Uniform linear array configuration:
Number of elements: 32
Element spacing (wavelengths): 0.75
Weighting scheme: hann
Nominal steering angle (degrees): -30
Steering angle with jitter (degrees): -29.525
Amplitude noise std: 0.05
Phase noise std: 0.05

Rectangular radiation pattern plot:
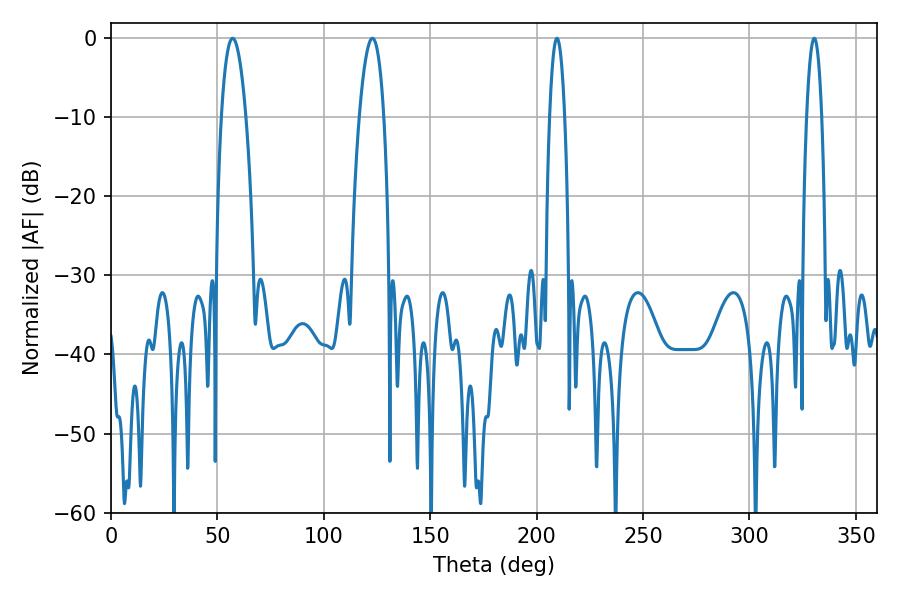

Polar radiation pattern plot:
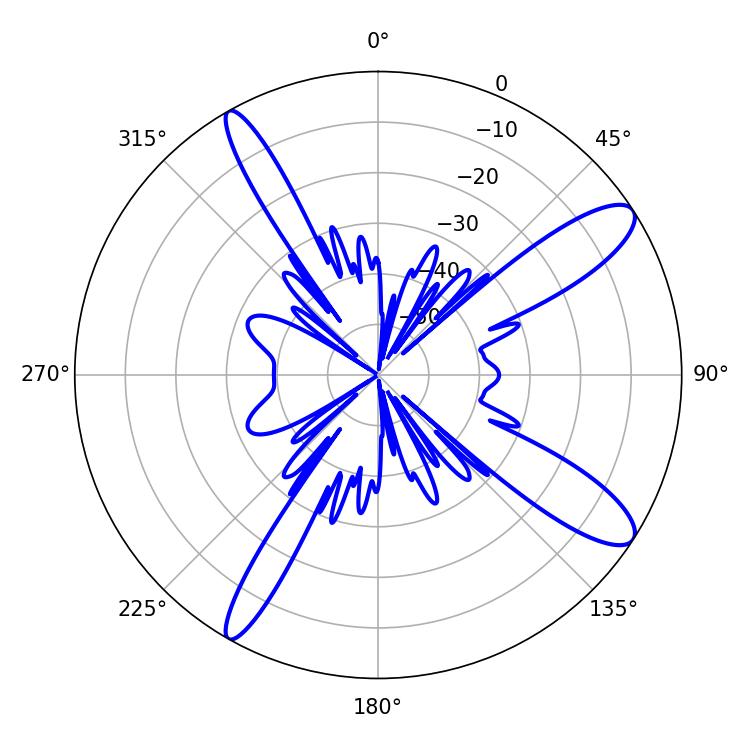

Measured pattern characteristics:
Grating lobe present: TRUE
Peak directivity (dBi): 11.92
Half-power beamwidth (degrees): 3.96
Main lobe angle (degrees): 209.52